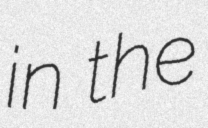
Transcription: in the